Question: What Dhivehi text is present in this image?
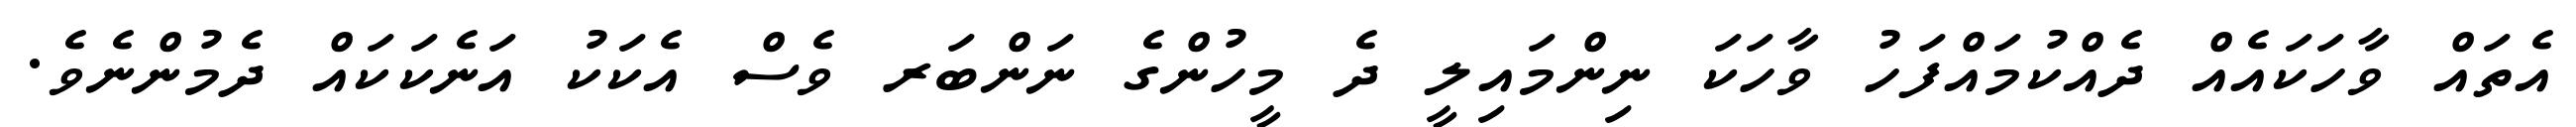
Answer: އެތައް ވާހަކައެއް ދެއްކުމައްފަހު ވާހަކަ ނިންމައިލީ ދެ މީހުންގެ ނަންބަރ ވެސް އެކަކު އަނެކަކައް ދެމުންނެވެ.